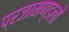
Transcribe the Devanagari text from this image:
प्रजामण्डलों